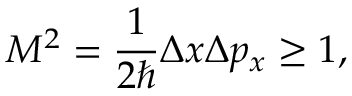
M ^ { 2 } = \frac { 1 } { 2 \hbar } \Delta x \Delta p _ { x } \geq 1 ,